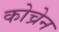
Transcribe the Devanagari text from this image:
कोच्रेन